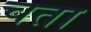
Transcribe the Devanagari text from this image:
चता